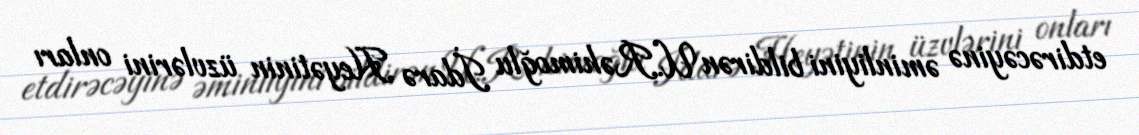
etdirəcəyinə əminliyini bildirən U.Rəhimoğlu İdarə Heyətinin üzvlərini onları